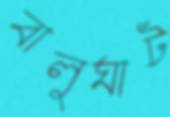
বালুঘাট